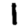
Digit: 1